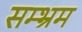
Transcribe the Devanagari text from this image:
सम्भ्रम